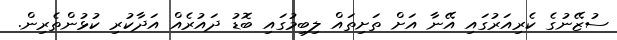
ސުޒޭނުގެ ކެރިއަރުގައި އޭނާ އަށް ތަށިތައް ލިބިމުގައި ބޮޑު ދައުރެއް އަދާކުރި ކުޅުންތެރިން.